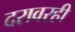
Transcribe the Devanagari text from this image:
दरावरही